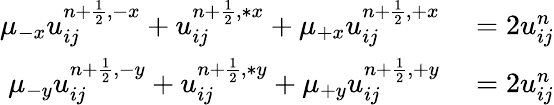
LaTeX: \begin{array}{rl}{\mu_{-x}u_{ij}^{{n+\frac{1}{2}},-x}+u_{ij}^{n+\frac{1}{2},\ast x}+\mu_{+x}u_{ij}^{{n+\frac{1}{2}},+x}}&{{}=2u_{ij}^{n}}\\ {\mu_{-y}u_{ij}^{{n+\frac{1}{2}},-y}+u_{ij}^{n+\frac{1}{2},\ast y}+\mu_{+y}u_{ij}^{{n+\frac{1}{2}},+y}}&{{}=2u_{ij}^{n}}\end{array}